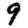
Digit: 9